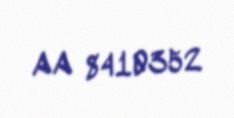
AA 8410352